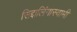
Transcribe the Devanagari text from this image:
सिद्दालिंगास्वामी